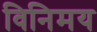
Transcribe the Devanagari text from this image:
विनिमय